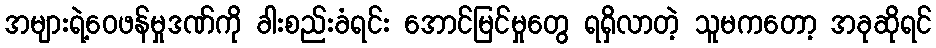
အများရဲ့ဝေဖန်မှုဒဏ်ကို ခါးစည်းခံရင်း အောင်မြင်မှုတွေ ရရှိလာတဲ့ သူမကတော့ အခုဆိုရင်